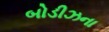
બોડીઝના